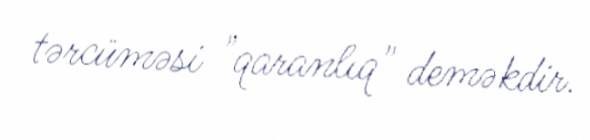
tərcüməsi "qaranlıq" deməkdir.